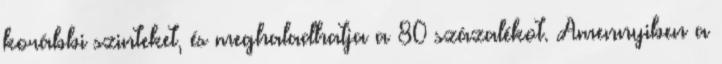
korábbi szinteket, és meghaladhatja a 80 százalékot. Amennyiben a